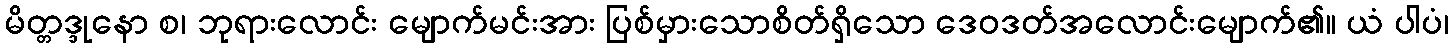
မိတ္တဒ္ဒုနော စ၊ ဘုရားလောင်း မျောက်မင်းအား ပြစ်မှားသောစိတ်ရှိသော ဒေဝဒတ်အလောင်းမျောက်၏။ ယံ ပါပံ၊